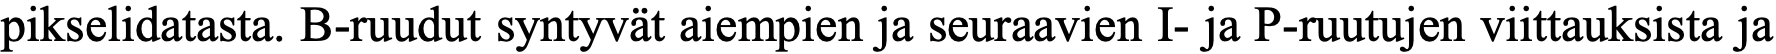
pikselidatasta. B-ruudut syntyvät aiempien ja seuraavien I- ja P-ruutujen viittauksista ja